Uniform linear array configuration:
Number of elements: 48
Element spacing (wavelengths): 1
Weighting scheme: binomial
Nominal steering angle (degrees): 30
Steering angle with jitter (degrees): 31.673
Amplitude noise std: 0.05
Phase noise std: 0.05

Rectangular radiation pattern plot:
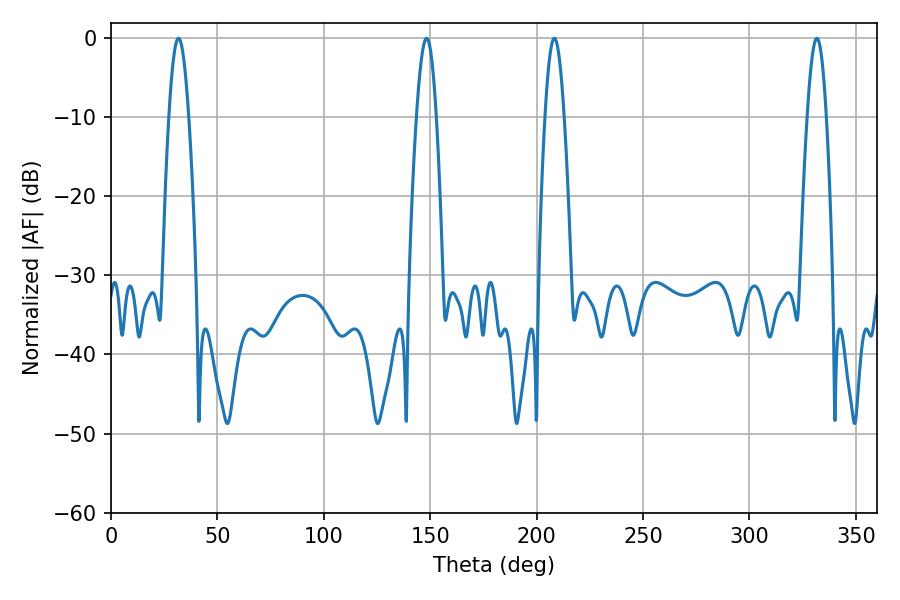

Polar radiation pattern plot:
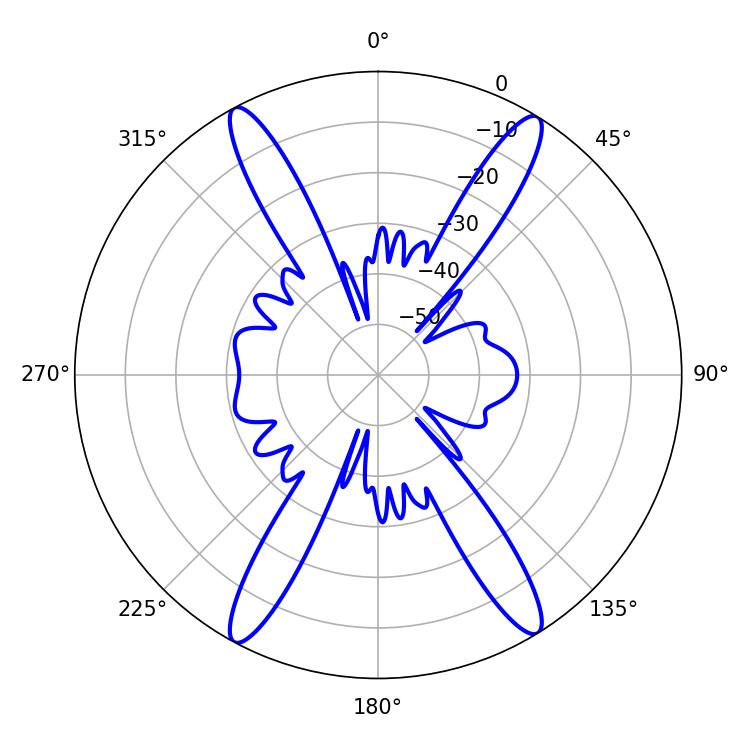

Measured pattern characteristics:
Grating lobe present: TRUE
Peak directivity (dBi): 22.032
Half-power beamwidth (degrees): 4.86
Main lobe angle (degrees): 31.68